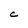
Character: C